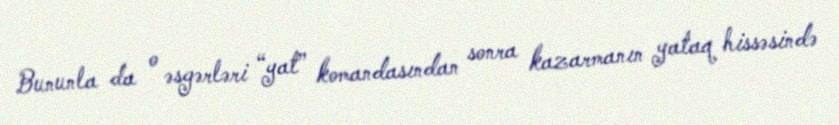
Bununla da o əsgərləri “yat” komandasından sonra kazarmanın yataq hissəsində